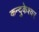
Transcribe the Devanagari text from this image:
कन्दुकेश्वर